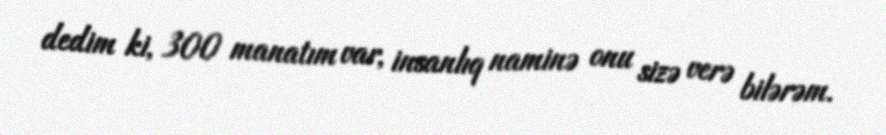
dedim ki, 300 manatım var, insanlıq naminə onu sizə verə bilərəm.